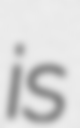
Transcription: is